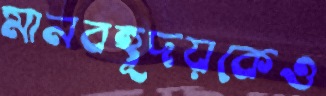
মানবহূদয়কেও